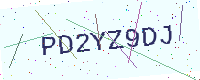
Text: PD2YZ9DJ